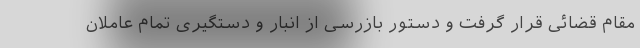
مقام قضائی قرار گرفت و دستور بازرسی از انبار و دستگیری تمام عاملان